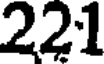
221